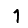
Digit: 1